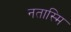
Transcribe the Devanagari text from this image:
नतास्मि